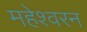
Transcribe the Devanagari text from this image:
महेश्वरन